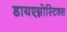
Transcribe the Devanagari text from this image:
डायएग्नोस्टिक्स